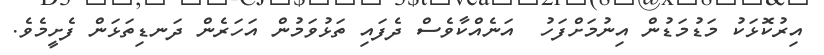
އިރުކޮޅަކު މަޑުމަޑުން އިނުމަށްފަހު  އަނެއްކާވެސް ދެފައި ތަޅުވަމުން އަހަރެން ދަނޑިތަޅަން ފެށީމެވެ.